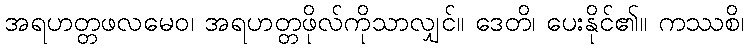
အရဟတ္တဖလမေဝ၊ အရဟတ္တဖိုလ်ကိုသာလျှင်။ ဒေတိ၊ ပေးနိုင်၏။ ကဿစိ၊